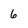
Character: 6